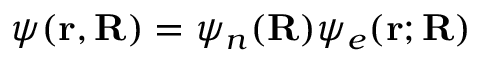
\psi ( \mathbf { r } , \mathbf { R } ) = \psi _ { n } ( \mathbf { R } ) \psi _ { e } ( \mathbf { r } ; \mathbf { R } )